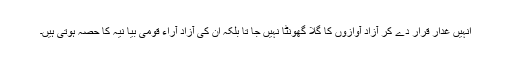
اُنہیں غدار قرار دے کر آزاد آوازوں کا گلا گھونٹا نہیں جا تا بلکہ اِن کی آزاد آراء قومی بیا نیہ کا حصہ ہوتی ہیں۔